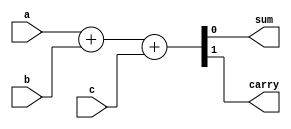
`timescale 1ns / 1ps

module fulladder(a,b,c,sum,carry);
input a,b,c;
output reg sum,carry;

always @(a or b or c)
begin
{carry,sum} = a + b + c;
end
endmodule